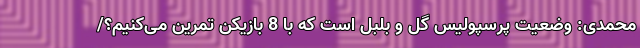
محمدی: وضعیت پرسپولیس گل و بلبل است که با 8 بازیکن تمرین می‌کنیم؟/